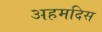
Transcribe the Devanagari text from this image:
अहमदिस